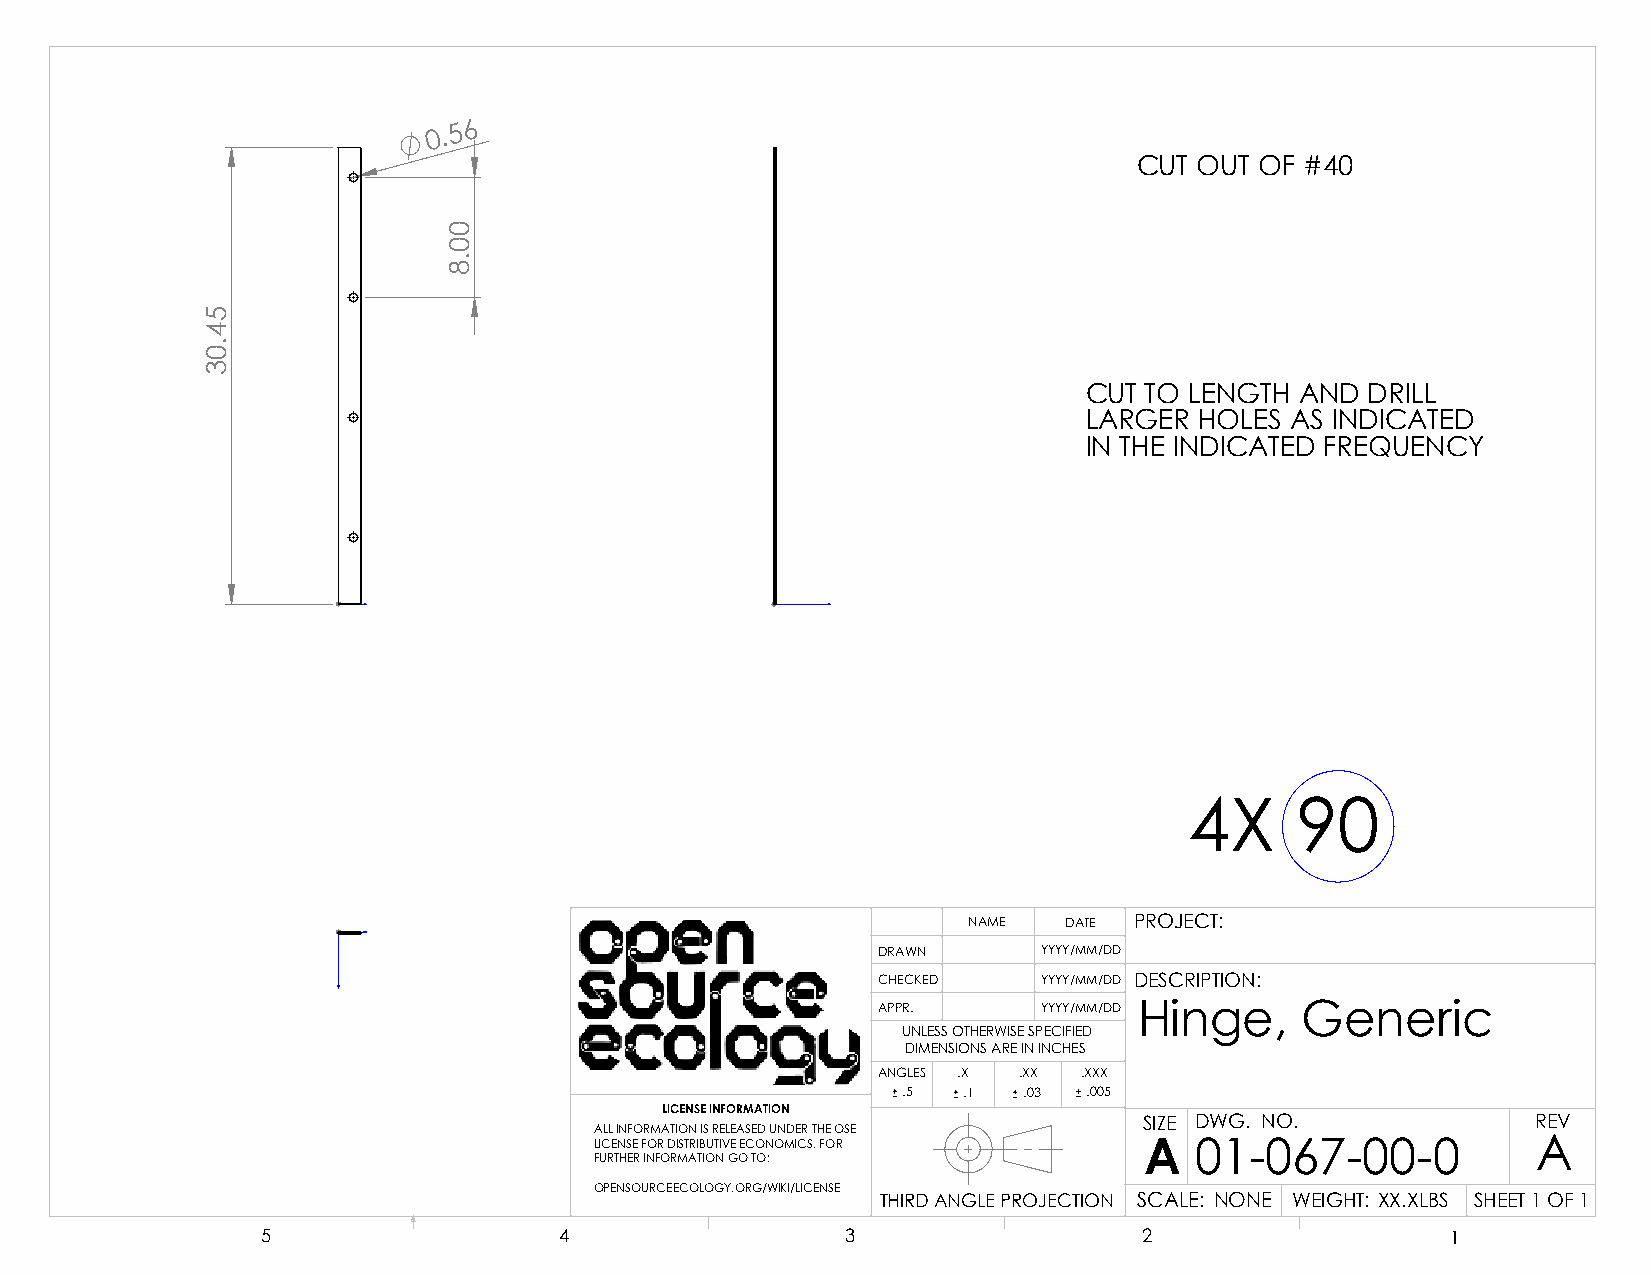
0 . 5 6
 CUT OUT OF #40
 CUT TO LENGTH AND  DRILL
 LARGER HOLES AS INDICATED
 IN THE INDICATED FREQUENCY
 4X     90
 NAME  DATE PROJECT:
 DRAWN      YYYY/MM/DD
 CHECKED    YYYY/MM/DD DESCRIPTION:
 APPR.      YYYY/MM/DD Hinge, Generic
 UNLESS OTHERWISE SPECIFIED
 DIMENSIONS ARE IN INCHES
 ANGLES .X .XX .XXX
 .5  .1  .03 .005
 LICENSE INFORMATION
 SIZE DWG. NO.             REV
 ALL INFORMATION IS RELEASED UNDER THE OSE
 LICENSE FOR DISTRIBUTIVE ECONOMICS. FOR A 01-067-00-0          A
 FURTHER INFORMATION GO TO:
 OPENSOURCEECOLOGY.ORG/WIKI/LICENSE
 THIRD ANGLE PROJECTION SCALE: NONE WEIGHT: XX.XLBS SHEET 1 OF 1
 5                   4                  3                   2                   1
 54.03
 00.8